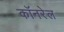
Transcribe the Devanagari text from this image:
कॉनरेल